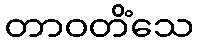
တာဝတိံသေ